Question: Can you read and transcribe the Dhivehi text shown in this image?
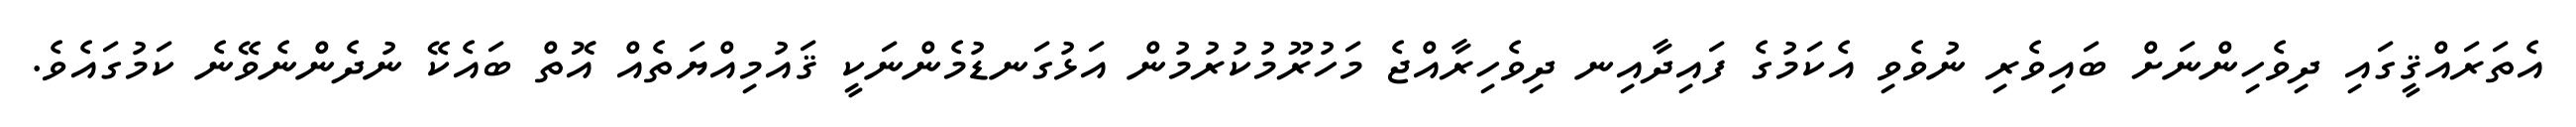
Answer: އެތަރައްޤީގައި ދިވެހިންނަށް ބައިވެރި ނުވެވި އެކަމުގެ ފައިދާއިނ ދިވެހިރާއްޖެ މަހުރޫމުކުރުމުން އަޅުގަނޑުމެންނަކީ ޤައުމިއްޔަތެއް އޮތް ބައެކޭ ނުދެންނެވޭނެ ކަމުގައެވެ.